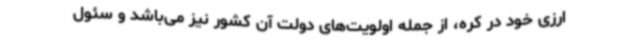
ارزی خود در کره، از جمله اولویت‌های دولت آن کشور نیز می‌باشد و سئول